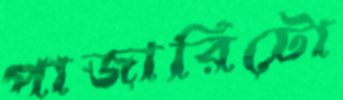
পাজারিটো